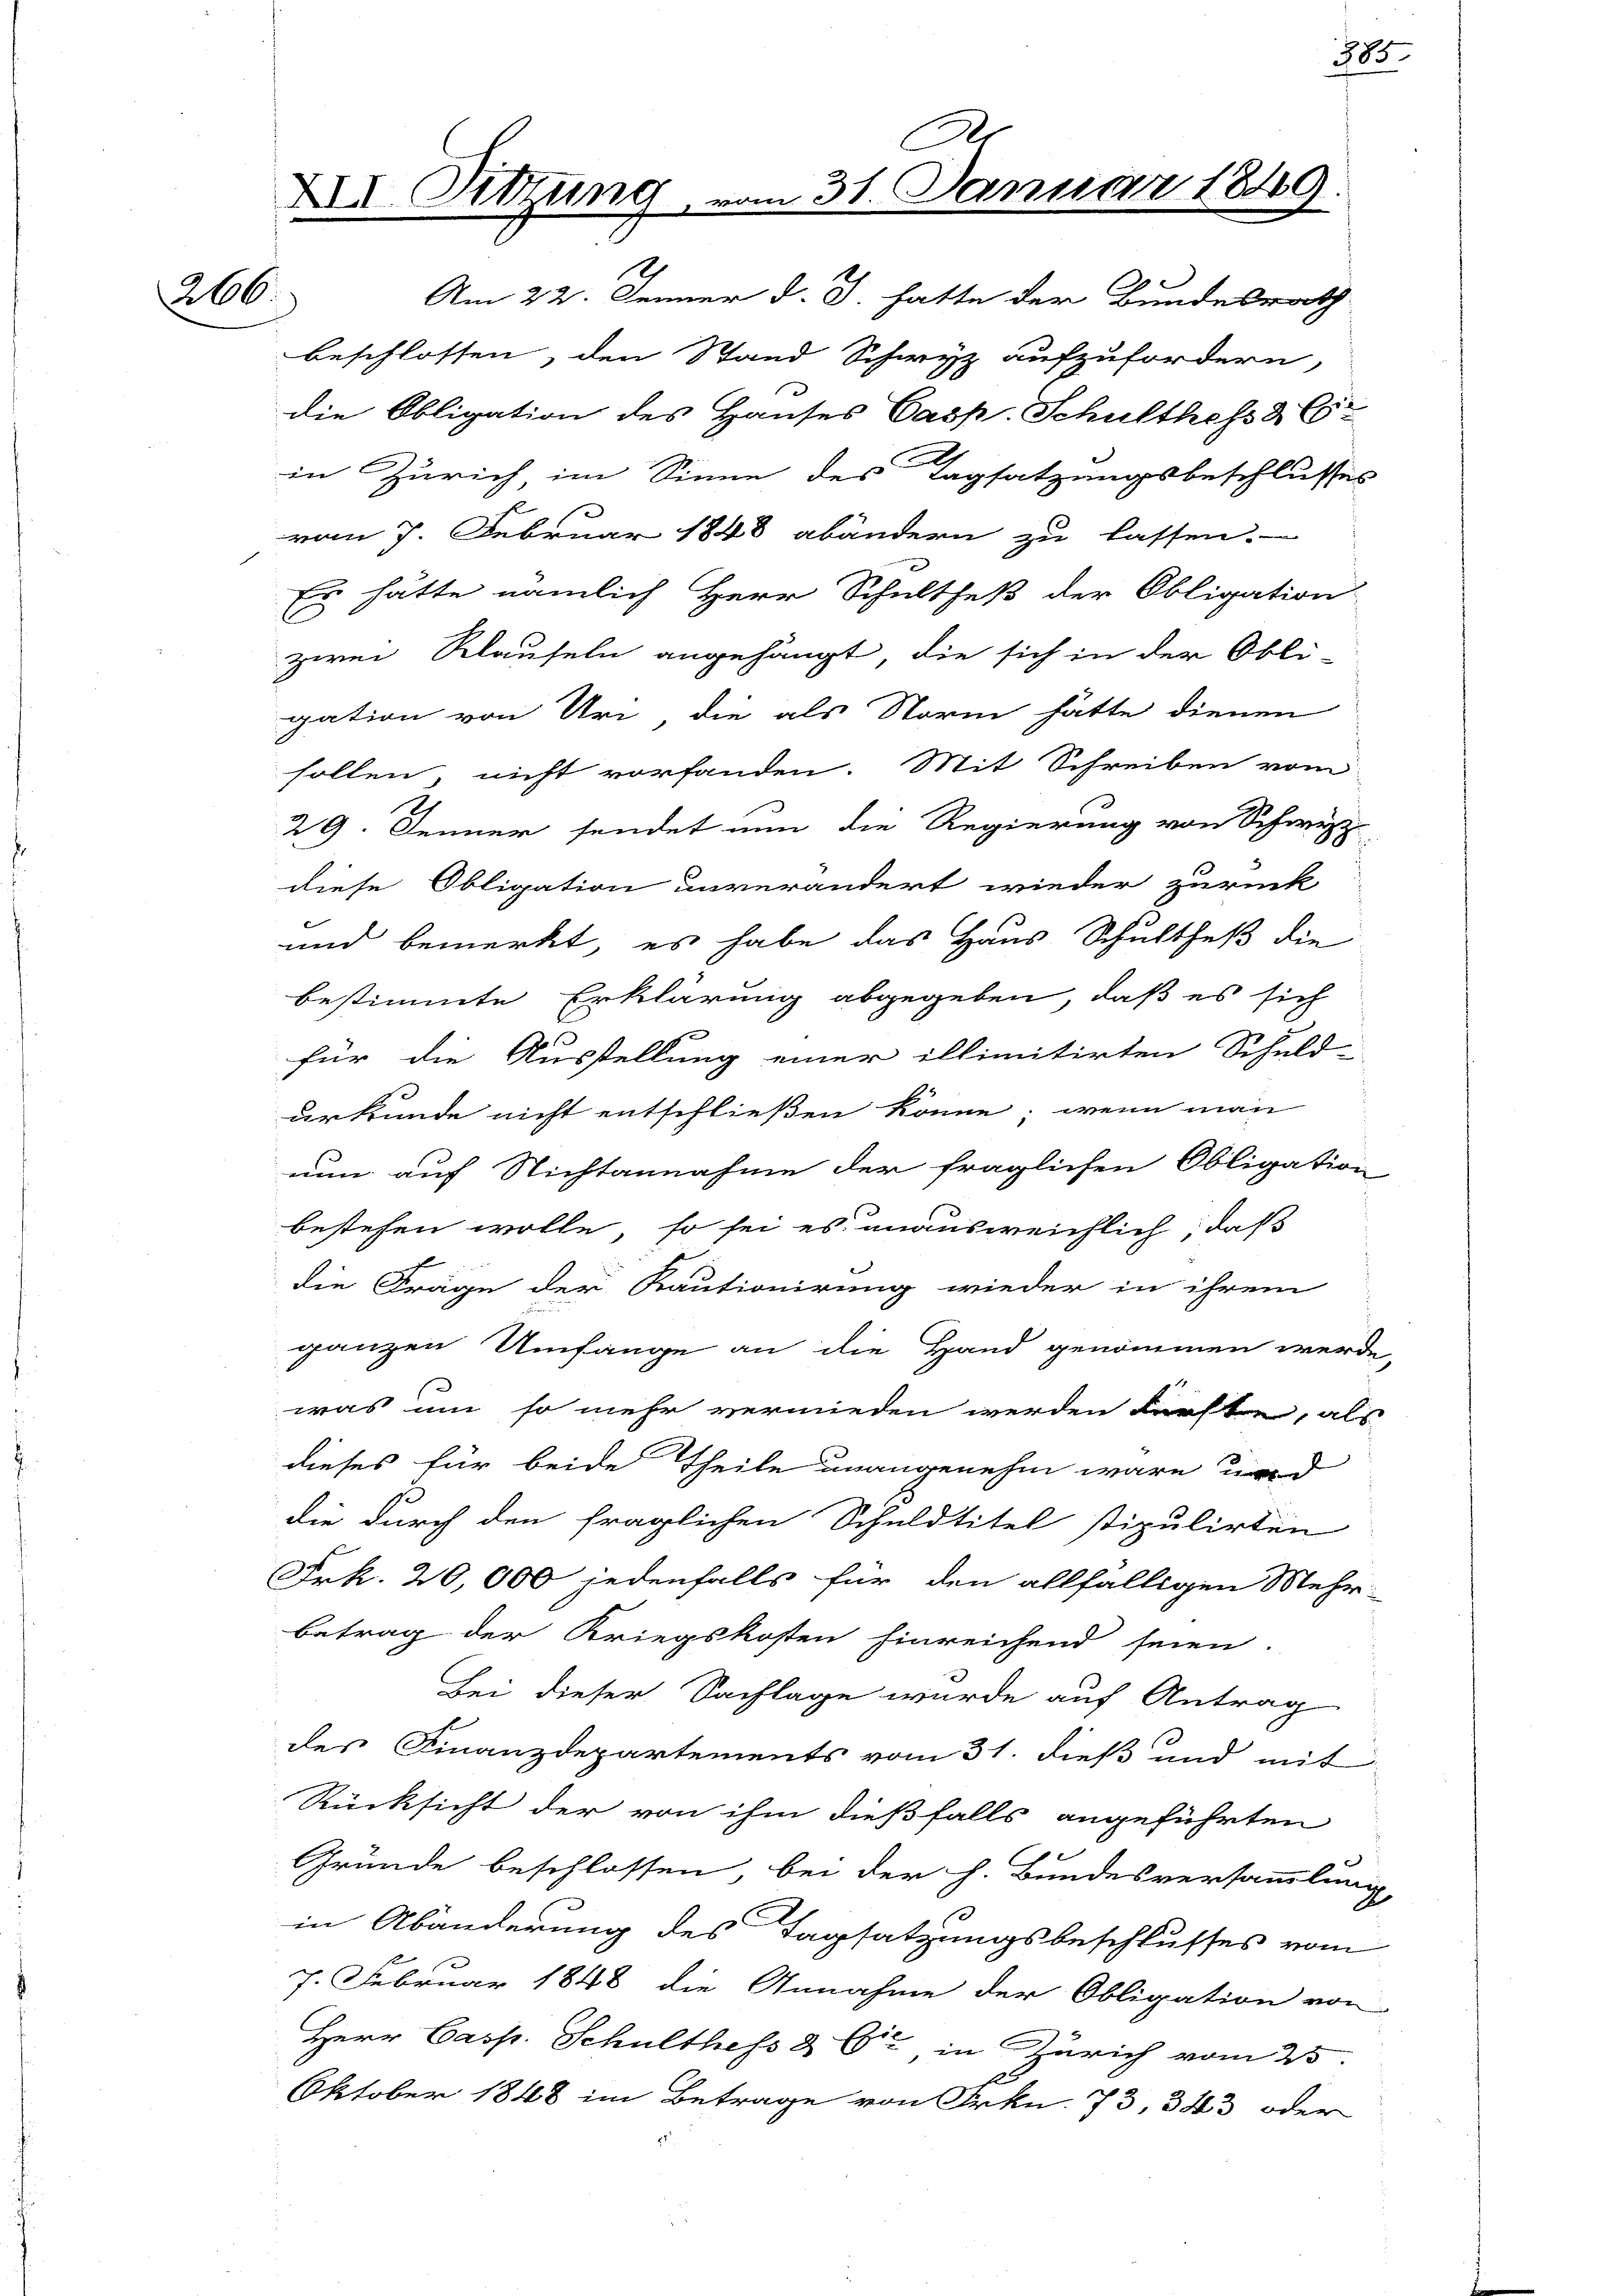
206.

XII. Sitzung

C
m 31. Januar 184

Am 22. Jenner d. J. hatte der Bundesrath
beschlossen, den Stand Schwyz aufzufordern
die Obligation des Hauses Casp. Schulthefs & C
in Zürich im Sinne des Tagsatzungsbeschlusses
vom 7. Februar 1848 abändern zu lassen.
Es hätte nämlich Herr Schultheß der Obligation
zwei Klauseln angehängt, die sich in der Obli-
gation von Uri die als Norm hätte dienen
sollen, nicht vorfanden. Mit Schreiben vom
29. Jenner sendet nun die Regierung von Schwerz
diese Obligation unverändert wieder zurück
und bemerkt, es habe das Haus Schultheß die
bestimmte Erklärung abgegeben, daß es sich
s
für die Ausstellung einer illimitirten Schuld-
urkunde nicht entschließen könne; wenn man
nun auf Nichtannahme der fraglichen Obligation
bestehen wolle, so sei es unausweichlich, daß
die Frage der Kautionirung wieder in ihrem
ganzen Umfange an die Hand genommen werde,
was um so mehr vermieden werden künfte, als
dieses für beide Theile unangenehm wäre, und
die durch den fraglichen Schuldtitel stipulirten
Frk. 20,000 jedenfalls für den allfälligen Mehr-
Betrag der Kriegskosten hinreichend seien.
Bei dieser Sachlage wurde auf Antrag
des Finanzdepartements vom 31. dieß und mit
Rücksicht der von ihm dießfalls angeführten
Gründe beschlossen, bei der h. Bundesversammlung
in Abänderung des Tagsatzungsbeschlusses vom
7. Februar 1848 die Annahme der Obligation von
Herr Casp. Schulthefs & Cie, in Zürich vom 25.
Oktober 1848 im Betrage von Frkn. 73, 343 oder

x

385